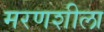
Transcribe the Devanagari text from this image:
मरणशीला